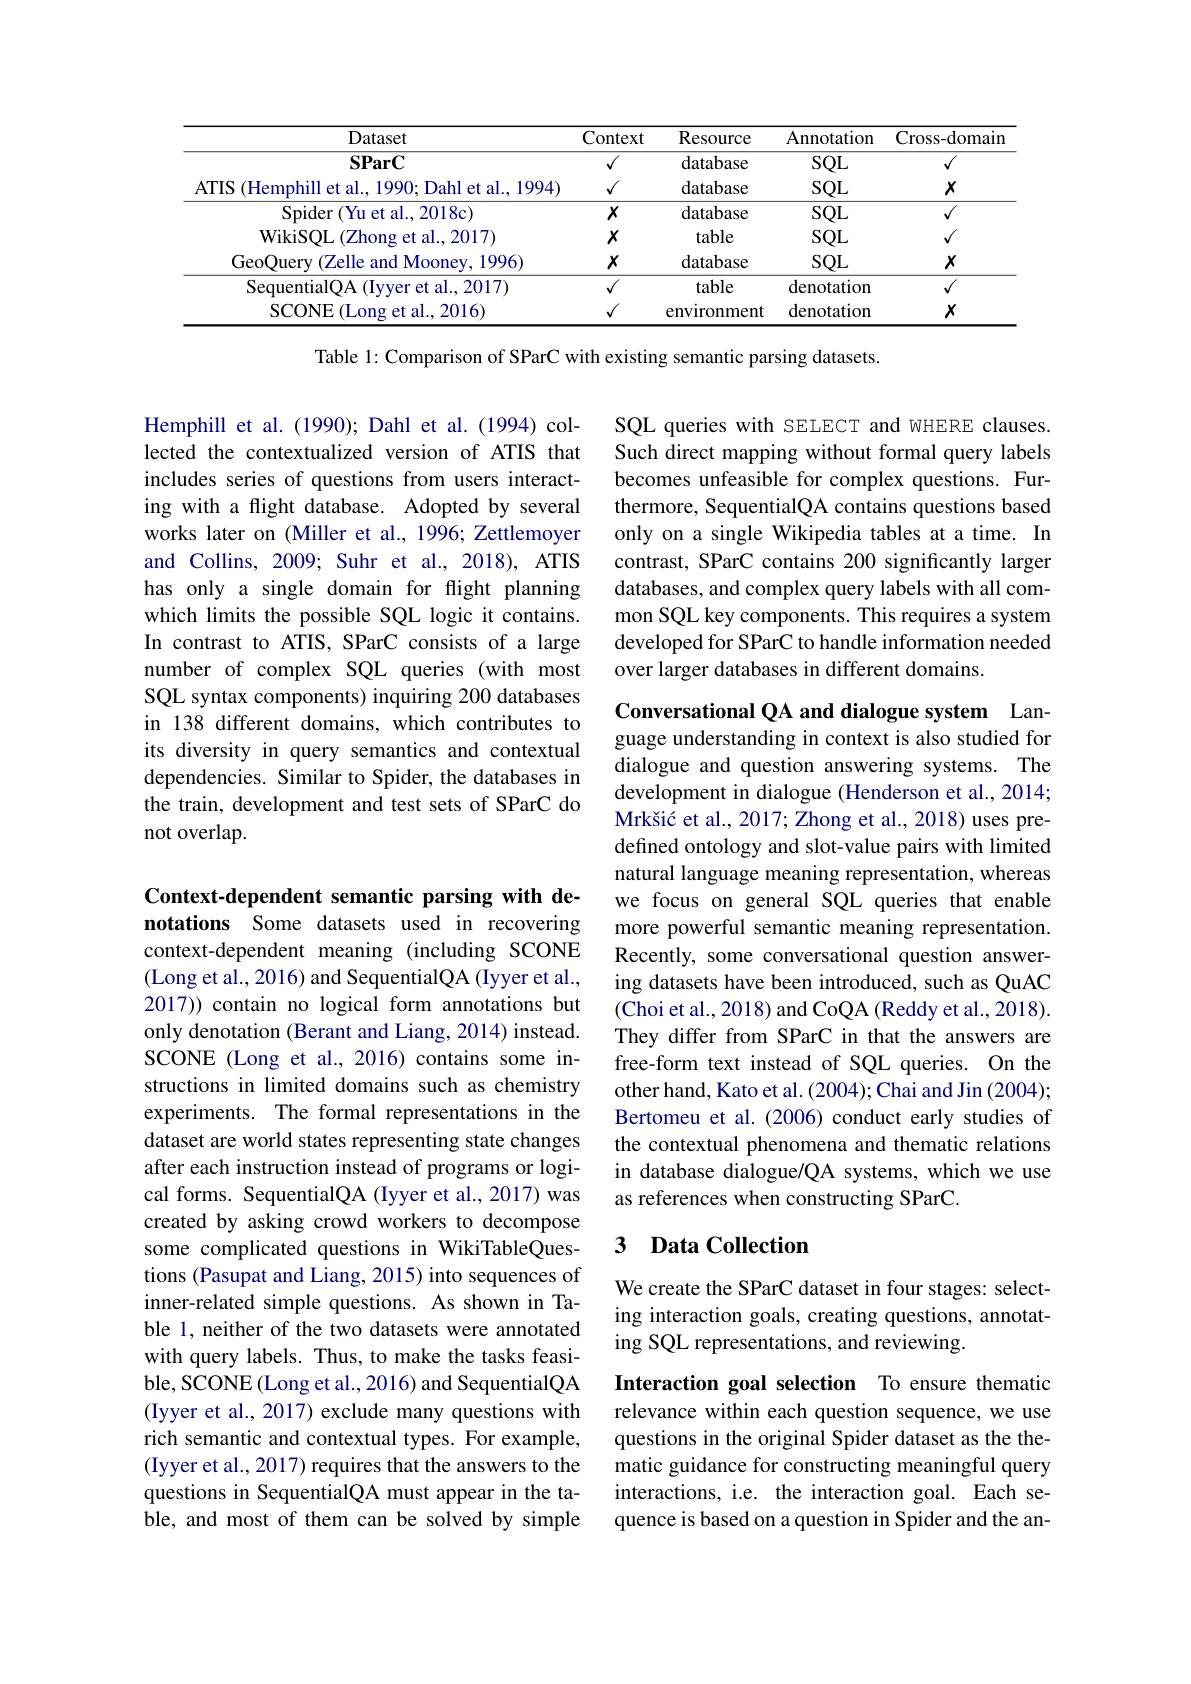
<table>
	<tbody>
		<tr>
			<th>Dataset</th>
			<th>Context</th>
			<th>Resource</th>
			<th>Annotation</th>
			<th>Cross- domain</th>
		</tr>
		<tr>
			<td>$\mathbf{SParC}$</td>
			<td>$√$</td>
			<td>database</td>
			<td>$SQL$</td>
			<td>$\sqrt{\sqrt{1}}$</td>
		</tr>
		<tr>
			<td>ATIS (Hemphill et al., 1990; Dahl et al., 1994)</td>
			<td>$√$</td>
			<td>database</td>
			<td>$SQL$</td>
			<td>$X$</td>
		</tr>
		<tr>
			<td>${\mathrm{Spider}}\left({\mathrm{Yu~et~al.,2018c}}\right)$</td>
			<td>$X$</td>
			<td>database</td>
			<td>$SQL$</td>
			<td>$√$</td>
		</tr>
		<tr>
			<td>WikiSQL (Zhong et al., 2017)</td>
			<td>$X$</td>
			<td>table</td>
			<td>$SQL$</td>
			<td>$√$</td>
		</tr>
		<tr>
			<td>GeoQuery (Zelle and Mooney, 1996)</td>
			<td>$X$</td>
			<td>database</td>
			<td>$SQL$</td>
			<td>$X$</td>
		</tr>
		<tr>
			<td>SequentialQA (Iyyer et al., 2017)</td>
			<td>$√$</td>
			<td>table</td>
			<td>denotation</td>
			<td>$√$</td>
		</tr>
		<tr>
			<td>2016</td>
			<td>$√$</td>
			<td>environment</td>
			<td>denotation</td>
			<td>$X$</td>
		</tr>
	</tbody>
</table>

Table 1: Comparison of SParC with existing semantic parsing datasets.

SQL queries with SELECT and WHERE clauses. Such direct mapping without formal query labels becomes unfeasible for complex questions. Furthermore, SequentialQA contains questions based only on a single Wikipedia tables at a time. In contrast, SParC contains 200 significantly larger databases, and complex query labels with all common SQL key components. This requires a system developed for SParC to handle information needed over larger databases in different domains.

Hemphill et al. (1990); Dahl et al.(1994) collected the contextualized version of ATIS that includes series of questions from users interacting with a flight database. Adopted by several works later on (Miller et al., 1996; Zettlemoyer and Collins, 2009; Suhr et al., 2018), ATIS has only a single domain for flight planning which limits the possible SQL logic it contains. In contrast to ATIS, SParC consists of a large number of complex SQL queries (with most SQL syntax components) inquiring 200 databases in 138 different domains, which contributes to its diversity in query semantics and contextual dependencies. Similar to Spider, the databases in the train, development and test sets of SParC do not overlap.

Conversational QA and dialogue system Language understanding in context is also studied for dialogue and question answering systems. The development in dialogue (Henderson et al., 2014; Mrkšić et al., 2017; Zhong et al., 2018) uses predefined ontology and slot-value pairs with limited natural language meaning representation, whereas we focus on general SQL queries that enable more powerful semantic meaning representation. Recently, some conversational question answering datasets have been introduced, such as QuAC (Choi et al., 2018) and CoQA (Reddy et al., 2018). They differ from SParC in that the answers are free-form text instead of SQL queries. On the other hand, Kato et al. (2004); Chai and Jin (2004); Bertomeu et al. (2006) conduct early studies of the contextual phenomena and thematic relations in database dialogue/QA systems, which we use as references when constructing SParC.

Context-dependent semantic parsing with denotations Some datasets used in recovering context-dependent meaning (including SCONE (Long et al., 2016) and SequentialQA (Iyyer et al., 2017)) contain no logical form annotations but only denotation (Berant and Liang, 2014) instead. SCONE (Long et al., 2016) contains some instructions in limited domains such as chemistry experiments. The formal representations in the dataset are world states representing state changes after each instruction instead of programs or logical forms. SequentialQA (Iyyer et al., 2017) was created by asking crowd workers to decompose some complicated questions in WikiTableQuestions (Pasupat and Liang, 2015) into sequences of inner-related simple questions. As shown in Table 1, neither of the two datasets were annotated with query labels. Thus, to make the tasks feasible, SCONE (Long et al., 2016) and SequentialQA (Iyyer et al., 2017) exclude many questions with rich semantic and contextual types. For example, (Iyyer et al., 2017) requires that the answers to the questions in SequentialQA must appear in the table, and most of them can be solved by simple

### 3 Data Collection

We create the SParC dataset in four stages: selecting interaction goals, creating questions, annotating SQL representations, and reviewing.

Interaction goal selection To ensure thematic relevance within each question sequence, we use questions in the original Spider dataset as the thematic guidance for constructing meaningful query interactions, i.e. the interaction goal. Each sequence is based on a question in Spider and the an-